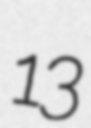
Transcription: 13